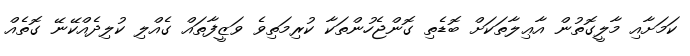
ކަމަށާއި މާލީގޮތުން އާޢިލާތަކަށް ބޮޑެތި ގޮންޖެހުންތަކާ ކުރިމަތިވެ ވަޒީފާތައް ގެއްލި ކުލިދެއްކޭނޭ ގޮތެއް